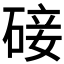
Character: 𮀨